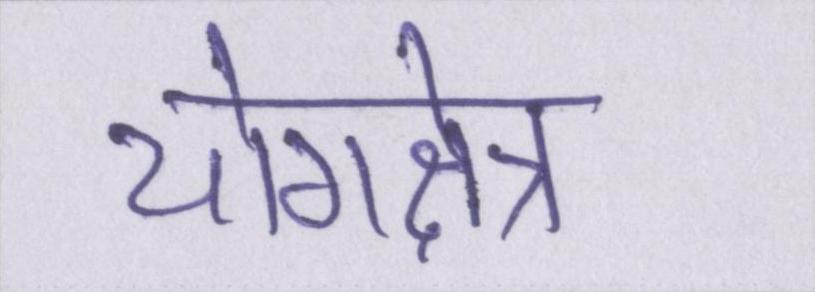
योगक्षेत्र